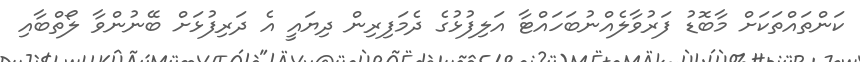
ކަންތައްތަކަށް މާބޮޑު ފަރުވާލެއްނުބަހައްޓާ އަލިފުޅުގެ ދެމަފިރިން ދިޔައީ އެ ދަރިފުޅަށް ބޭނުންވާ ލޯތްބާއި